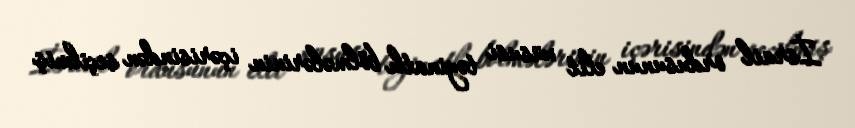
İsrail ordusunun elit xüsusi təyinatlı bölmələrinin içərisindən seçilmiş